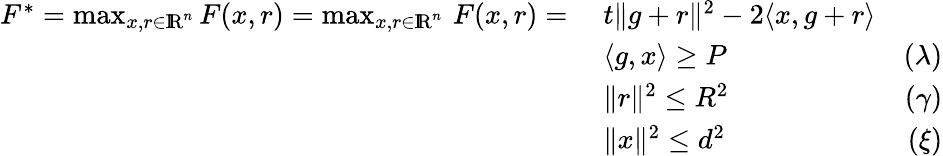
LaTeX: \begin{array}{rlr}{F^{*}=\operatorname*{max}_{x,r\in\mathrm{I\! R}^{n}}F(x,r)=\operatorname*{max}_{x,r\in\mathrm{I\! R}^{n}}\, F(x,r)=\; }&{t\| g+r\| ^{2}-2\langle x,g+r\rangle}\\ &{\langle g,x\rangle\geq P}&{(\lambda)}\\ &{\| r\| ^{2}\leq R^{2}}&{(\gamma)}\\ &{\| x\| ^{2}\leq d^{2}}&{(\xi)}\end{array}